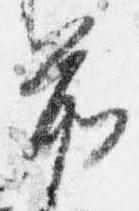
前